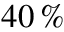
4 0 \, \%